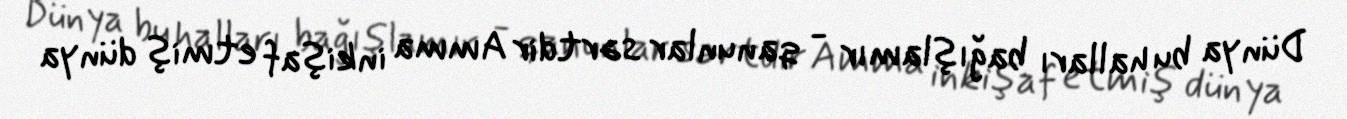
Dünya bu halları bağışlamır - qanunlar sərtdir Amma inkişaf etmiş dünya